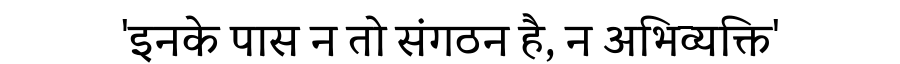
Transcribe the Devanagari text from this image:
'इनके पास न तो संगठन है, न अभिव्यक्ति'